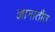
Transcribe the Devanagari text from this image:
ज्ञानातीत